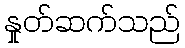
နှုတ်ဆက်သည်